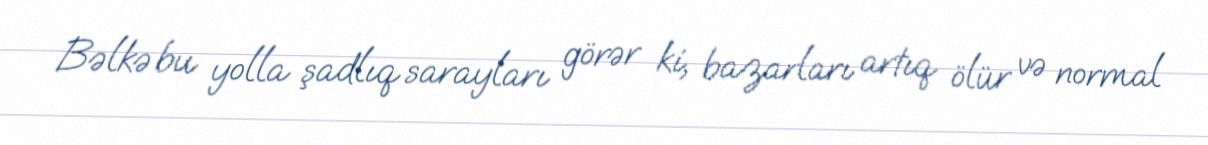
Bəlkə bu yolla şadlıq sarayları görər ki, bazarları artıq ölür və normal